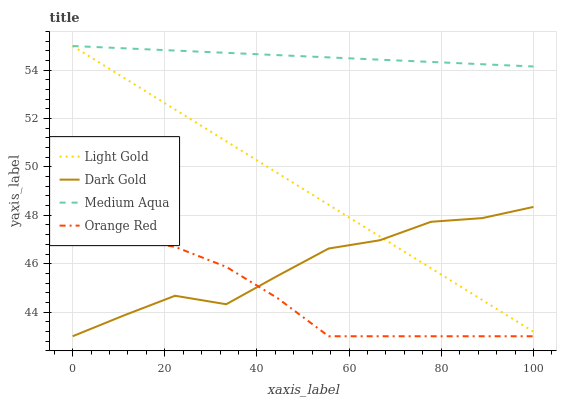
| xaxis_label | Light Gold | Dark Gold | Medium Aqua | Orange Red |
 | --- | --- | --- | --- | --- |
 | 0 | 55 | 43 | 55 | 47 |
 | 11.1 | 53.7 | 43.9 | 54.9 | 47.1 |
 | 22.2 | 52.4 | 44.7 | 54.8 | 46.7 |
 | 33.3 | 51.1 | 44.3 | 54.7 | 45.9 |
 | 44.4 | 49.7 | 45.5 | 54.6 | 44.6 |
 | 55.6 | 48.4 | 46.6 | 54.5 | 43 |
 | 66.7 | 47.1 | 47 | 54.4 | 43 |
 | 77.8 | 45.8 | 47.7 | 54.3 | 43 |
 | 88.9 | 44.5 | 47.9 | 54.2 | 43 |
 | 100 | 43.2 | 48.3 | 54.2 | 43 |